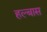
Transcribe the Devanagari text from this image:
हल्बास